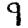
Digit: 9